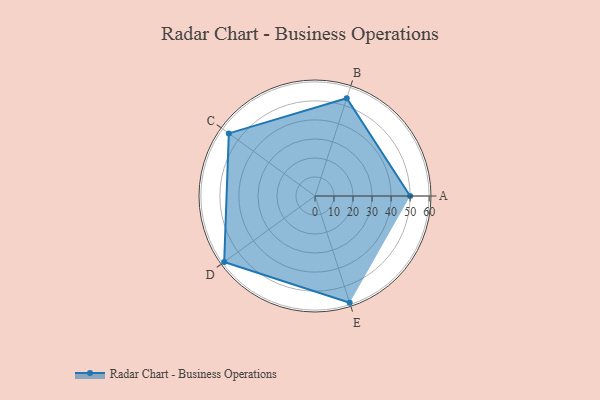
{"axis": {"x": "Skill", "y": "Score"}, "legend": ["Profile"], "data": [{"x": "A", "y": 50.0, "type": "Profile"}, {"x": "B", "y": 54.0, "type": "Profile"}, {"x": "C", "y": 56.0, "type": "Profile"}, {"x": "D", "y": 59.0, "type": "Profile"}, {"x": "E", "y": 59.0, "type": "Profile"}]}